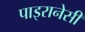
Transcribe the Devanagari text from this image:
पाइरानेसी